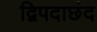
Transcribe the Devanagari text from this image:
द्विपदाछंद